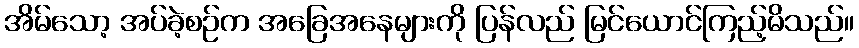
အိမ်သော့ အပ်ခဲ့စဉ်က အခြေအနေများကို ပြန်လည် မြင်ယောင်ကြည့်မိသည်။